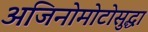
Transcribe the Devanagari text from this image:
अजिनोमोटोसुद्धा